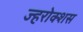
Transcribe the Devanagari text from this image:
ज्हरोक्शस